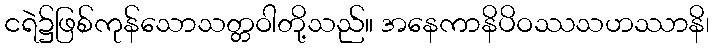
ငရဲ၌ဖြစ်ကုန်သောသတ္တဝါတို့သည်။ အနေကာနိပိဝဿသဟဿာနိ၊